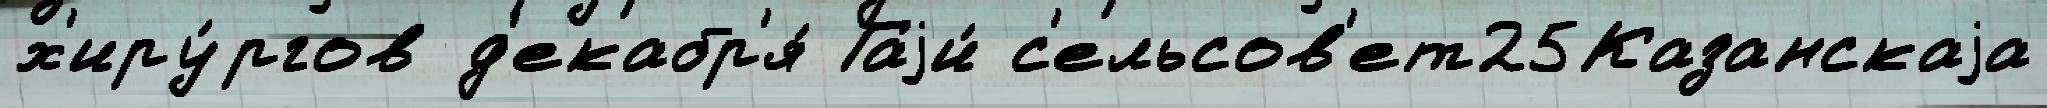
х'иру́ргов д'екабр'я́ Гаjи́ с'ельсов'ет25Казанскаjа